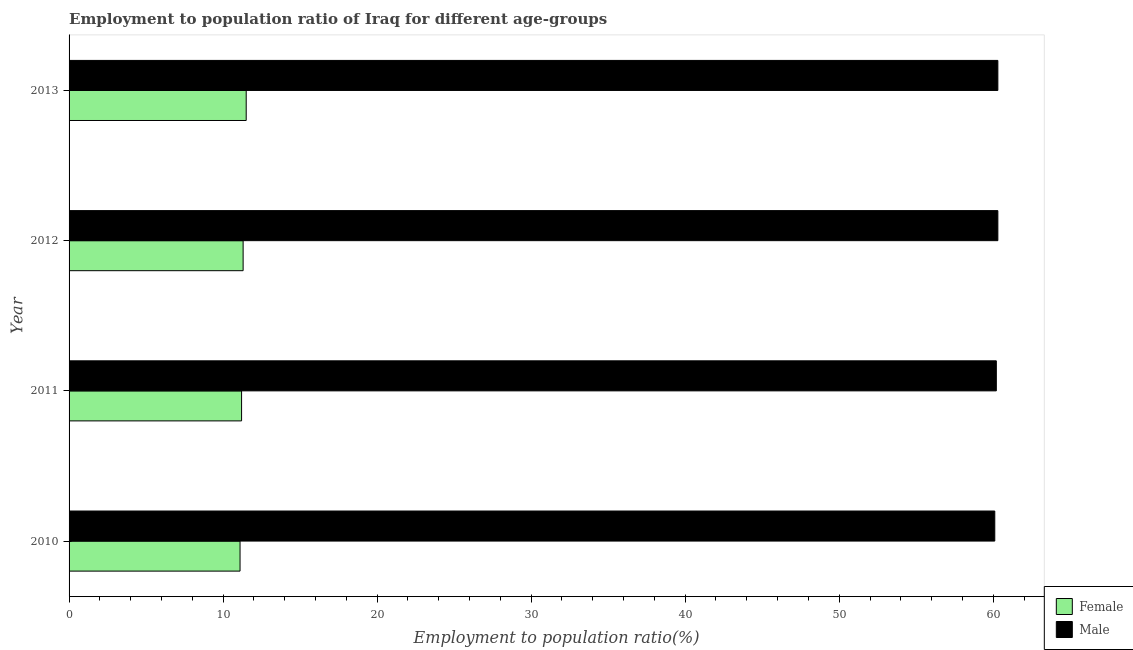
| Year | Female | Male |
 | --- | --- | --- |
 | 2010 | 11.1 | 60.1 |
 | 2011 | 11.2 | 60.2 |
 | 2012 | 11.3 | 60.3 |
 | 2013 | 11.5 | 60.3 |